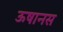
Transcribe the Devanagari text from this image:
ऊषानस